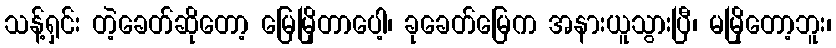
သန့်ရှင်း တဲ့ခေတ်ဆိုတော့ မြေမြိုတာပေါ့၊ ခုခေတ်မြေက အနားယူသွားပြီ၊ မမြိုတော့ဘူး၊